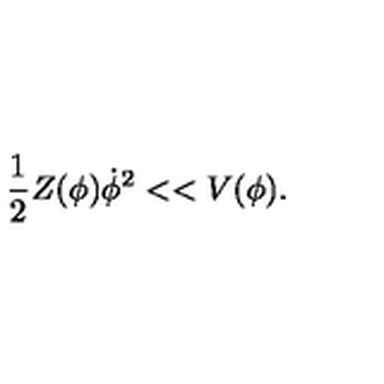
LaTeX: \frac { 1 } { 2 } Z ( \phi ) \dot { \phi } ^ { 2 } < < V ( \phi ) .